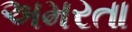
અમરતા